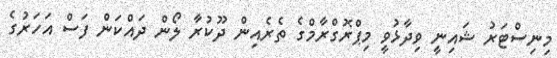
މިނިސްޓަރު ޝައިނީ ވިދާޅުވީ މިޕްރޮގްރާމްގެ ތެރެއިން ދޫކުރާ ލޯން ދައްކަން ފަސް އަހަަރުގެ